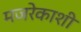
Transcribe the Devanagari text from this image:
मजरेकाशी